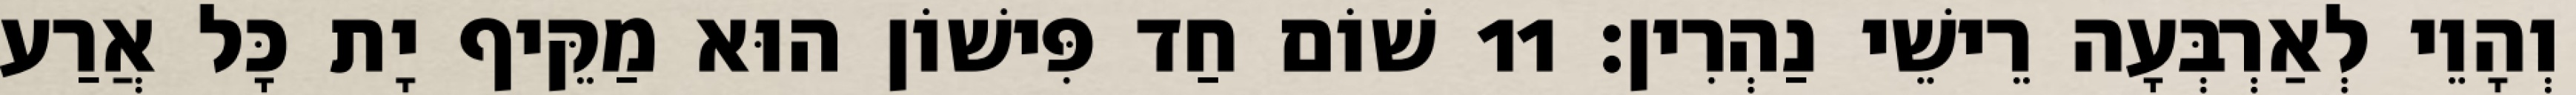
וְהָוֵי לְאַרְבְּעָה רֵישֵׁי נַהְרִין׃ 11 שׁוֹם חַד פִּישׁוֹן הוּא מַקֵּיף יָת כָּל אֲרַע